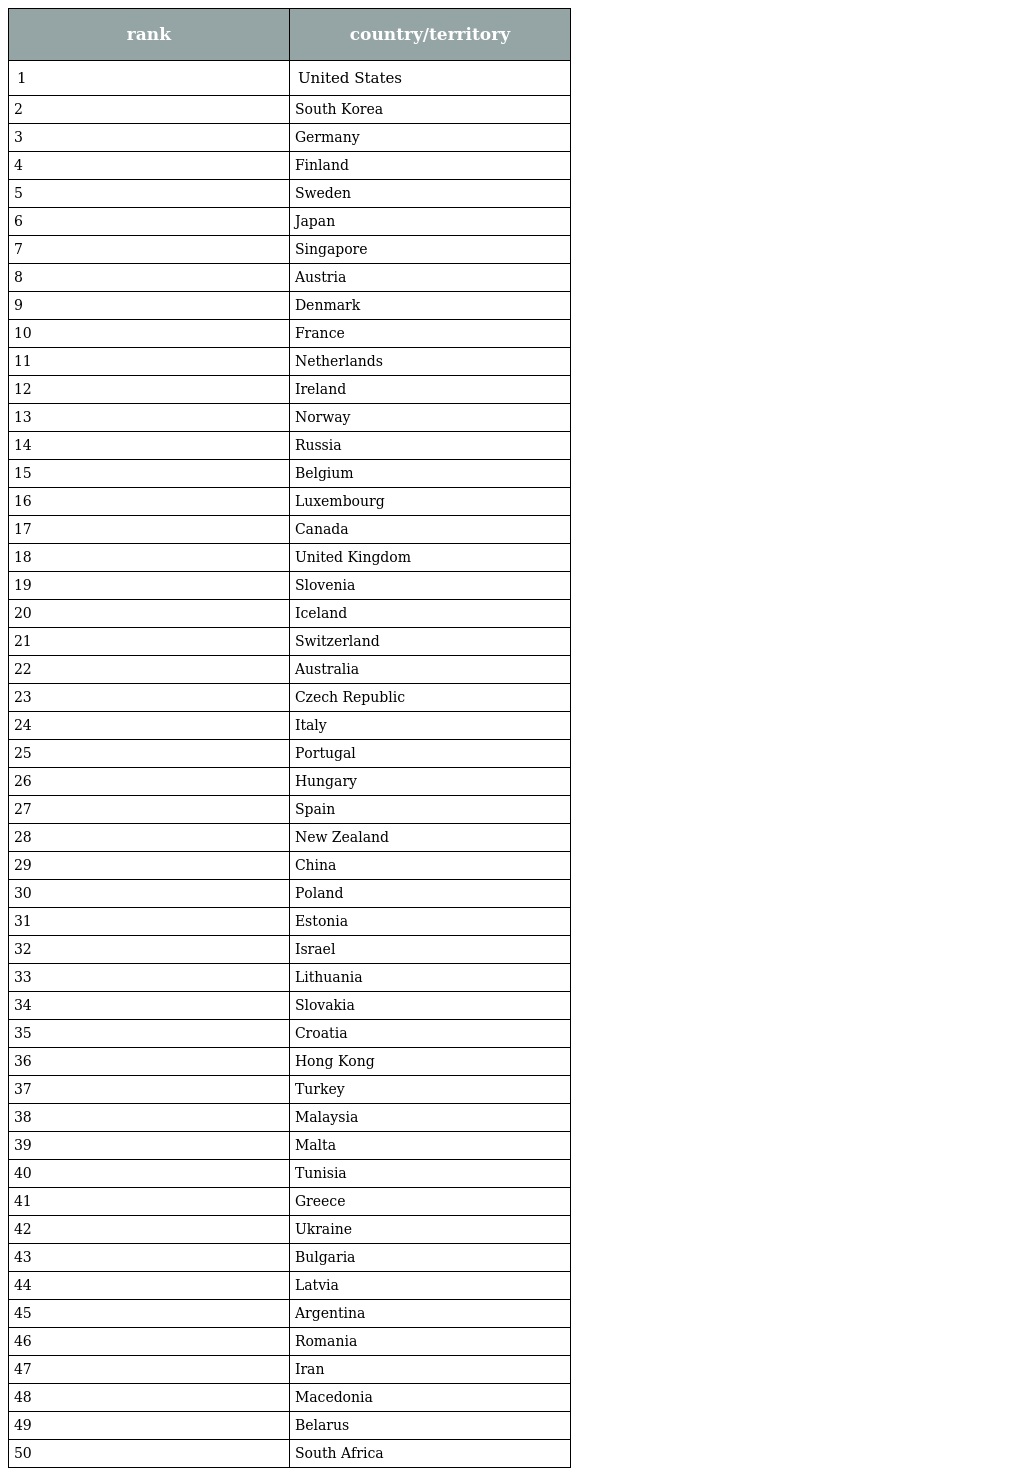
| rank | country/territory |
 | --- | --- |
 | 1 | United States |
 | 2 | South Korea |
 | 3 | Germany |
 | 4 | Finland |
 | 5 | Sweden |
 | 6 | Japan |
 | 7 | Singapore |
 | 8 | Austria |
 | 9 | Denmark |
 | 10 | France |
 | 11 | Netherlands |
 | 12 | Ireland |
 | 13 | Norway |
 | 14 | Russia |
 | 15 | Belgium |
 | 16 | Luxembourg |
 | 17 | Canada |
 | 18 | United Kingdom |
 | 19 | Slovenia |
 | 20 | Iceland |
 | 21 | Switzerland |
 | 22 | Australia |
 | 23 | Czech Republic |
 | 24 | Italy |
 | 25 | Portugal |
 | 26 | Hungary |
 | 27 | Spain |
 | 28 | New Zealand |
 | 29 | China |
 | 30 | Poland |
 | 31 | Estonia |
 | 32 | Israel |
 | 33 | Lithuania |
 | 34 | Slovakia |
 | 35 | Croatia |
 | 36 | Hong Kong |
 | 37 | Turkey |
 | 38 | Malaysia |
 | 39 | Malta |
 | 40 | Tunisia |
 | 41 | Greece |
 | 42 | Ukraine |
 | 43 | Bulgaria |
 | 44 | Latvia |
 | 45 | Argentina |
 | 46 | Romania |
 | 47 | Iran |
 | 48 | Macedonia |
 | 49 | Belarus |
 | 50 | South Africa |